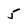
Character: 5